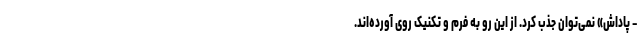
– پاداش» نمی‌توان جذب کرد. از این رو به فرم و تکنیک روی آورده‌اند.